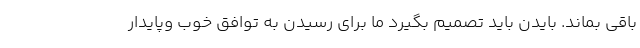
باقی بماند. بایدن باید تصمیم بگیرد ما برای رسیدن به توافق خوب وپایدار